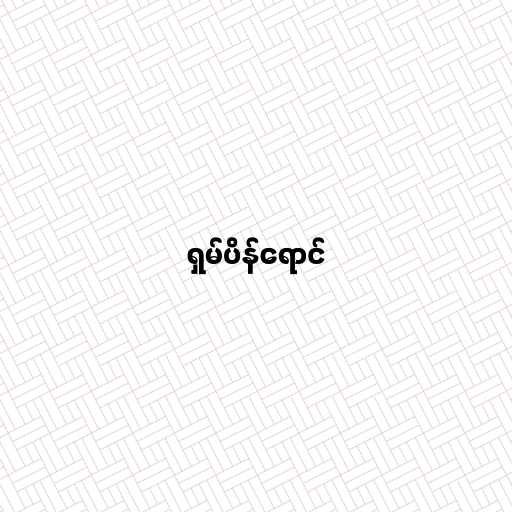
ရှမ်ပိန်ရောင်